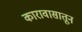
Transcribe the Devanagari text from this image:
कारावासातून